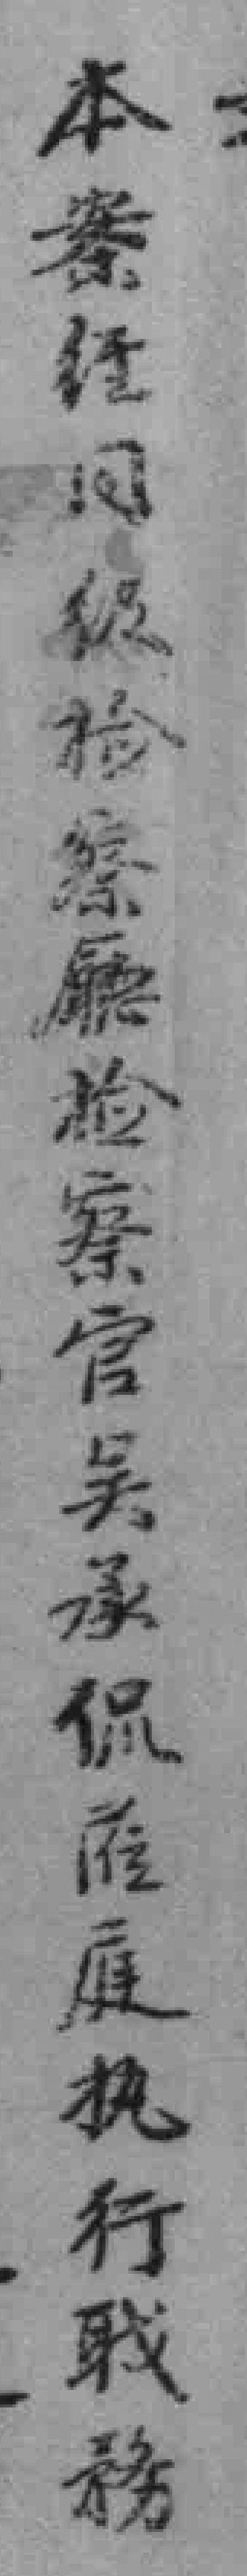
本案經同級检察廳检察官吳承侃*庭执行職務